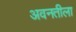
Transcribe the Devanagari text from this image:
अवनतीला